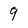
Character: 9